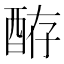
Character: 𫑴